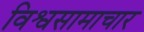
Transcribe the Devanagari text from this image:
विश्वसामाचार